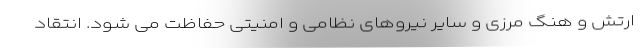
ارتش و هنگ مرزی و سایر نیروهای نظامی و امنیتی حفاظت می شود. انتقاد